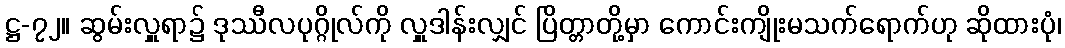
ဋ္ဌ-၇၂။ ဆွမ်းလှူရာ၌ ဒုဿီလပုဂ္ဂိုလ်ကို လှူဒါန်းလျှင် ပြိတ္တာတို့မှာ ကောင်းကျိုးမသက်ရောက်ဟု ဆိုထားပုံ၊